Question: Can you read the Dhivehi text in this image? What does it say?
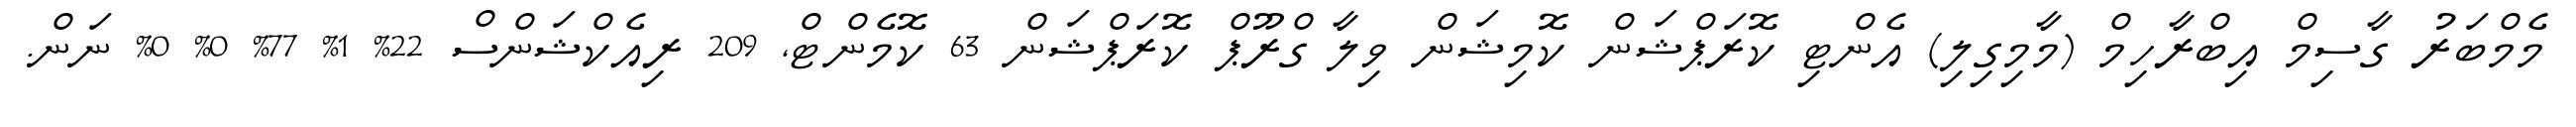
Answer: މެމްބަރު ގާސިމް އިބްރާހިމް (މާމިގިލި) އެންޓި ކޮރަޕްޝަން ކޮމިޝަން ވިލާ ގްރޫޕް ކޮރަޕްޝަން 63 ކޮމެންޓް, 209 ރިއެކްޝަންސް 22% 1% 77% 0% 0% ނަން.